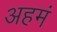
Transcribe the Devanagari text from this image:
अहमं